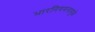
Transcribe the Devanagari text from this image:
भारनियमनामुळे